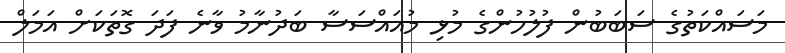
މަސައްކަތުގެ ސަބަބުން ފުލުހުންގެ މުޅި މުއައްސަސާ ބަދުނާމު ވާނެ ފަދަ ގޮތަކަށް އަމަލް